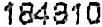
184810